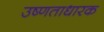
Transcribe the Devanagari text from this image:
उष्णताधारक